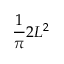
{ \frac { 1 } { \pi } } 2 L ^ { 2 }